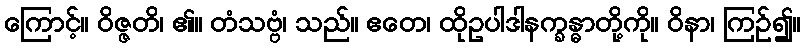
ကြောင့်။ ဝိဇ္ဇတိ၊ ၏။ တံသဗ္ဗံ၊ သည်။ ဧတေ၊ ထိုဥပါဒါနက္ခန္ဓာတို့ကို။ ဝိနာ၊ ကြဉ်၍။